Some observations on the poison of the banded krait (Bungarus fasciatus) - Number 7
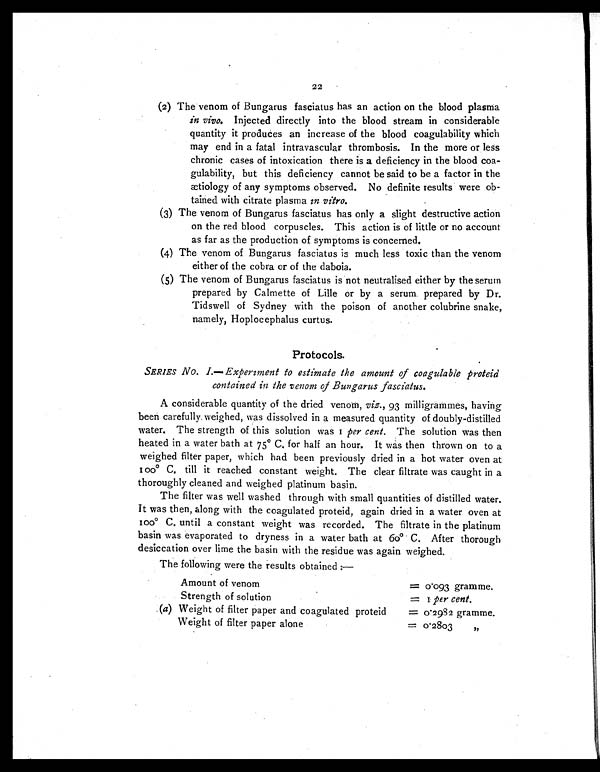
22
(2)The venom of Bungarus fasciatus has an action on the blood plasma
in vivo. Injected directly into the blood stream in considerable
quantity it produces an increase of the blood coagulability which
may end in a fatal intravascular thrombosis. In the more or less
chronic cases of intoxication there is a deficiency in the blood coa--
gulability, but this deficiency cannot be said to be a factor in the
ætiology of any symptoms observed. No definite results were ob-
-tained with citrate plasma in vitro.
(3)The venom of Bungarus fasciatus has only a slight destructive action
on the red blood corpuscles. This action is of little or no account
as far as the production of symptoms is concerned.
(4)The venom of Bungarus fasciatus is much less toxic than the venom
either of the cobra or of the daboia.
(5)The venom of Bungarus fasciatus is not neutralised either by the serum
prepared by Calmette of Lille or by a serum prepared by Dr.
Tidswell of Sydney with the poison of another colubrine snake,
namely, Hoplocephalus curtus.
Protocols.
SERIES No. I.— Experiment to estimate the amount of coagulable proteid
contained in the venom of Bungarus fasciatus.
A considerable quantity of the dried venom, viz., 93 milligrammes, having
been carefully weighed, was dissolved in a measured quantity of doubly-distilled
water. The strength of this solution was 1 per cent. The solution was then
heated in a water bath at 75° C, for half an hour. It was then thrown on to a
weighed filter paper, which had been previously dried in a hot water oven at
100° C. till it reached constant weight. The clear filtrate was caught in a
thoroughly cleaned and weighed platinum basin.
The filter was well washed through with small quantities of distilled water.
It was then, along with the coagulated proteid, again dried in a water oven at
100° C. until a constant weight was recorded. The filtrate in the platinum
basin was evaporated to dryness in a water bath at 60° C. After thorough
desiccation over lime the basin with the residue was again weighed.
The following were the results obtained :—
Amount of venom
=
0.093 gramme.
Strength of solution
= 1 per cent.
(a) Weight of filter paper and coagulated proteid
= 0.2982 gramme.
Weight of filter paper alone
= 0.2803"